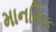
માનસિક